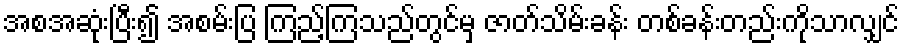
အစအဆုံးပြီး၍ အစမ်းပြ ကြည့်ကြသည်တွင်မှ ဇာတ်သိမ်းခန်း တစ်ခန်းတည်းကိုသာလျှင်